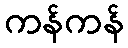
ကန်ကန်